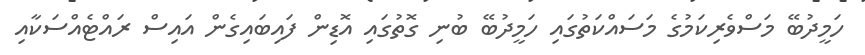
ހަމީދުބޭ މަސްވެރިކަމުގެ މަސައްކަތުގައި ހަމީދުބޭ ބުނި ގޮތުގައި އޮޑިން ފައިބައިގެން އައިސް ރައްޓެއްސަކާއި